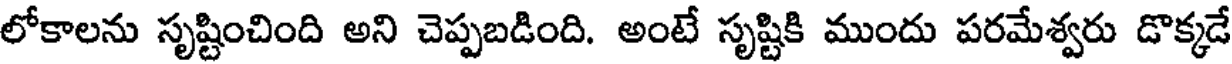
లోకాలను సృష్టించింది అని చెప్పబడింది. అంటే సృష్టికి ముందు పరమేశ్వరు డొక్కడే